Leaving Certificate Examination (including Day School Certificate (Higher) General paper), 1937
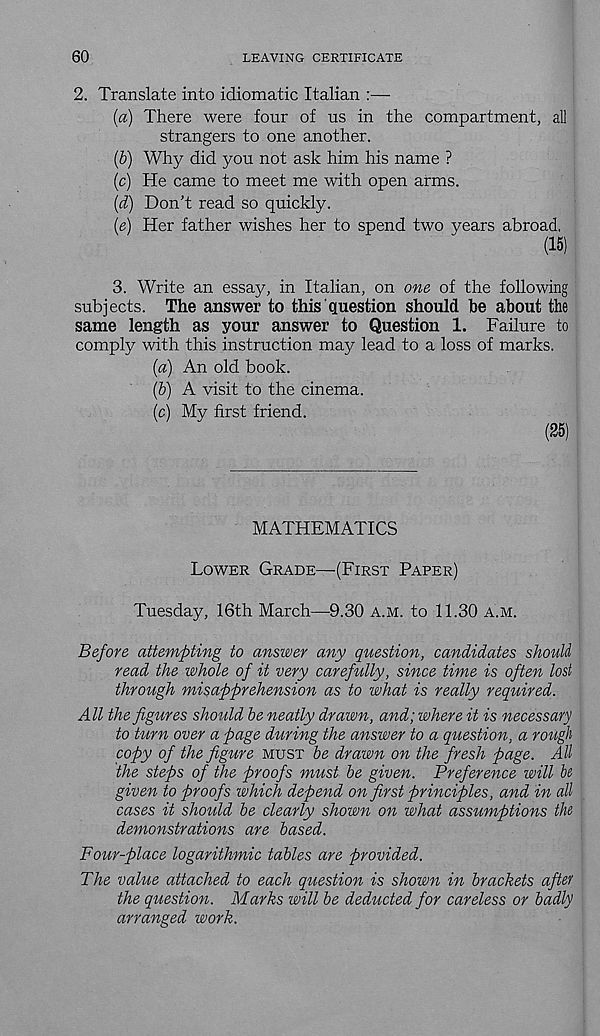
60
LEAVING CERTIFICATE
2. Translate into idiomatic Italian :—
(a) There were four of us in the compartment, all
strangers to one another.
ib) Why did you not ask him his name ?
(c) He came to meet me with open arms.
(d) Don't read so quickly.
(e) Her father wishes her to spend two years abroad.
(15)
3. Write an essay, in Italian, on one of the following
subjects. The answer to this question should be about the
same length as your answer to Question 1. Failure to
comply with this instruction may lead to a loss of marks.
(a) An old book.
(&) A visit to the cinema.
(c) My first friend.
(25)
MATHEMATICS
Lower Grade—-(First Paper)
Tuesday, 16th March—9.30 a.m. to 11.30 a.m.
Before attempting to answer any question, candidates should
read the whole of it very carefully, since time is often lost
through misapprehension as to what is really required.
All the figures should be neatly drawn, and; where it is necessary
to him over a page during the answer to a question, a rough
copy of the figure must be drawn on the fresh page. All
the steps of the proofs must be given. Preference will be.
given to proofs which depend on first principles, and in all
cases it should be clearly shown on what assumptions the
demonstrations are based.
Four-place logarithmic tables are provided.
The value attached to each question is shown in brackets after
the question. Marks will be deducted for careless or badly
arranged work.